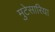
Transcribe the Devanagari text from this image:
मुटेसारिया